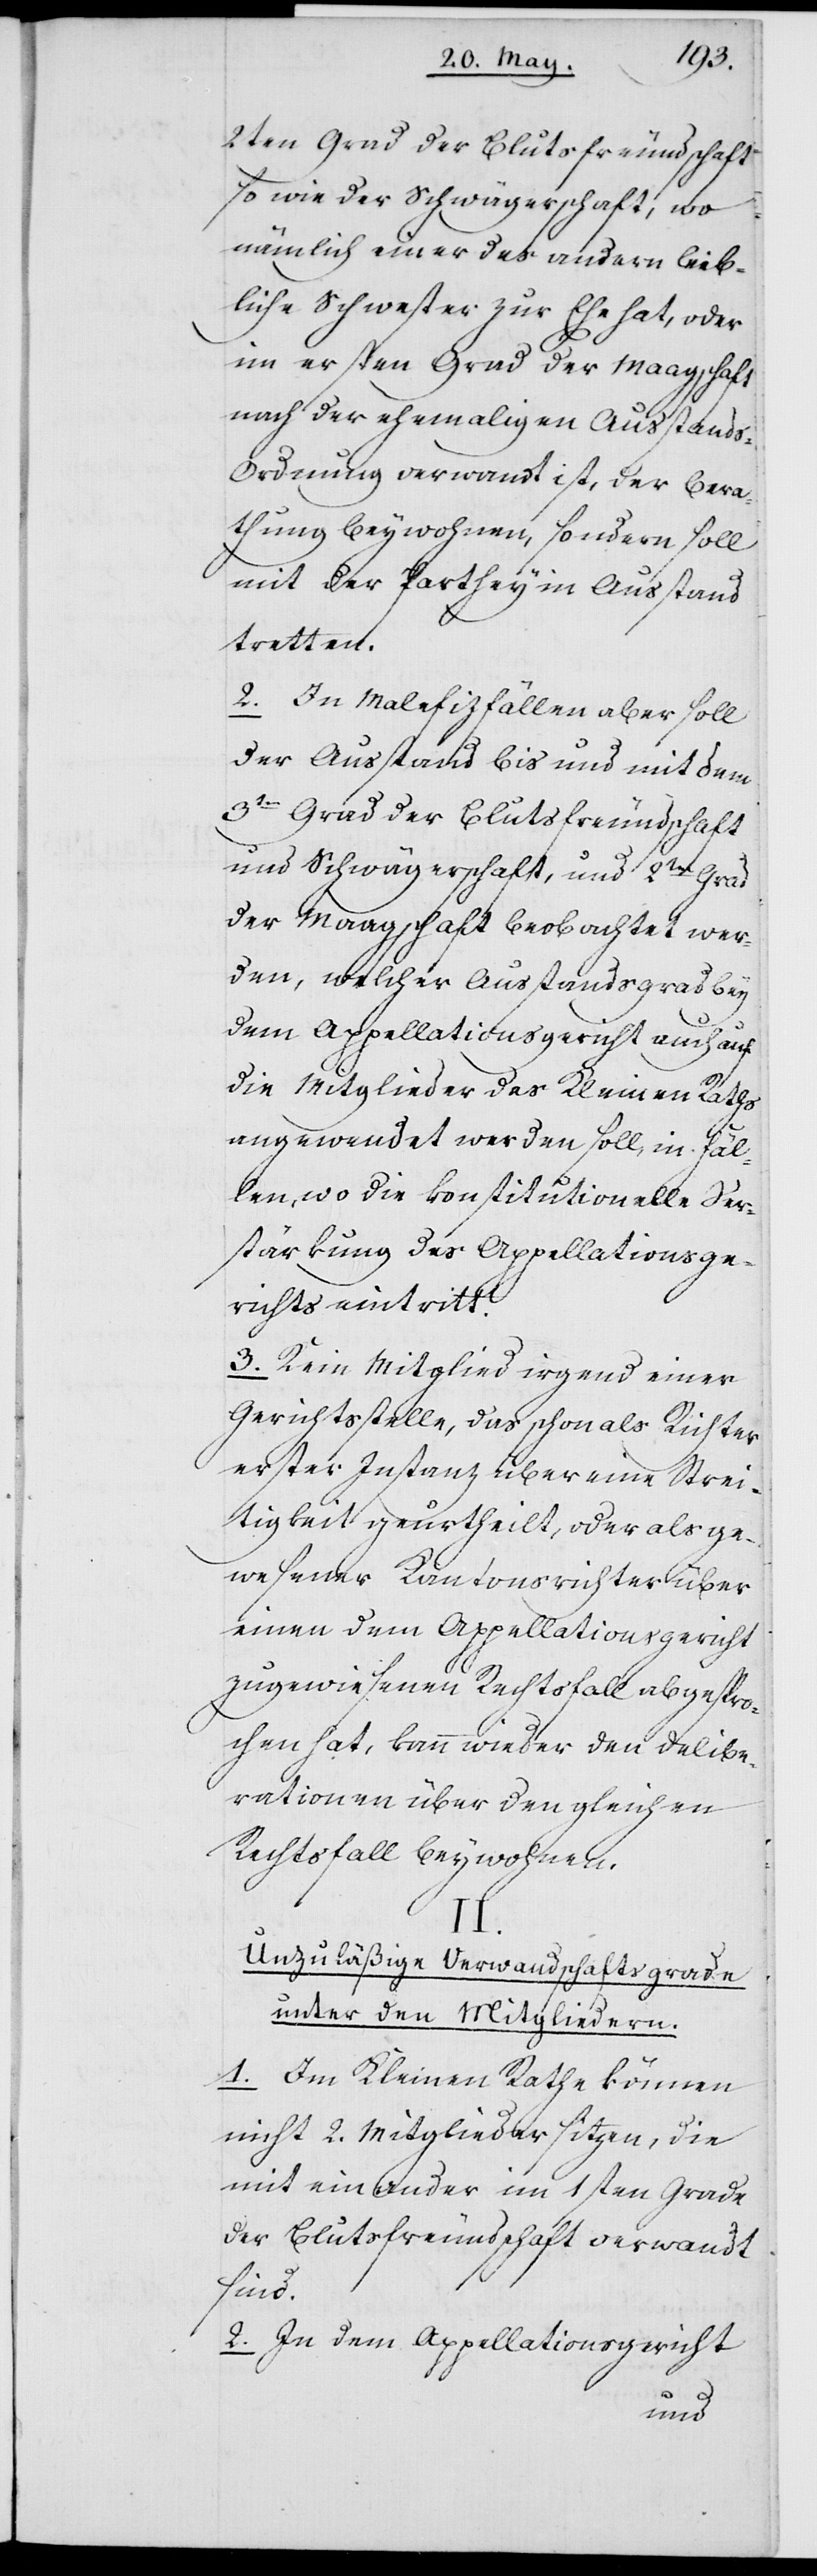
2ten Grad der Blutsfreundschaft
sowie der Schwägerschaft, wo
nämlich einer des andern leib¬
liche Schwester zur Ehe hat, oder
im ersten Grad der Maagschaft
nach der ehemaligen Ausstands-O¬
rdnung verwandt ist, der Bera¬
thung beiwohnen, sondern soll
mit der Parthey in Ausstand
tretten.
2. In Malefizfällen aber soll
der Ausstand bis und mit dem
3ten Grad der Blutsfreundschaft
und Schwägerschaft, und 2ten Grad
der Maagschaft beobachtet wer¬
den, welcher Ausstandsgrad bey
dem Appellationsgericht auch auf
die Mitglieder des Kleinen Raths
angewendet werden soll, in Fäl¬
len, wo die konstitutionelle Ver¬
stärkung des Appellationsge¬
richts eintritt.
3. Kein Mitglied irgend einer
Gerichtsstelle, das schon als Richter
erster Instanz über eine Strei¬
tigkeit geurtheilt, oder als ge¬
wesener Kantonsrichter über
einen dem Appellationsgericht
zugewiesenen Rechtsfall abgespro¬
chen hat, kann wieder den Delibe¬
rationen über den gleichen
Rechtsfall beywohnen.
II.
Unzuläßige Verwandtschaftsgrade
unter den Mitgliedern.
1. Im Kleinen Rathe können
nicht 2. Mitglieder sitzen, die
miteinander im 1sten Grade
der Blutsfreundschaft verwandt
sind.
2. In dem Appellationsgericht